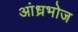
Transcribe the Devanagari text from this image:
आंध्रभोज